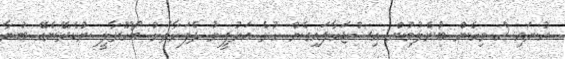
އުނައިސް މިހެން ބުނެލުމުން އިސްޖަހާލައިގެން ހުރެ އަރުފީނު ދެފަރާތަށް ބޯހޫރާލީ ނުކެރޭނެއޭ ބުނާ